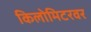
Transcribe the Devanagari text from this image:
किलोमिटरवर